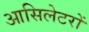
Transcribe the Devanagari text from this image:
आसिलेटरों